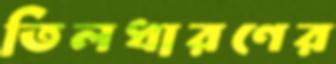
তিলধারণের